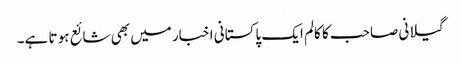
گیلانی صاحب کا کالم ایک پاکستانی اخبار میں بھی شائع ہو تا ہے۔